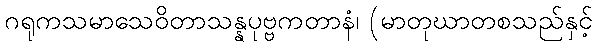
ဂရုကသမာသေဝိတာသန္နပုဗ္ဗကတာနံ၊ (မာတုဃာတစသည်နှင့်